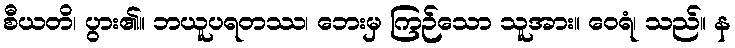
စီယတိ၊ ပွား၏။ ဘယူပရတဿ၊ ဘေးမှ ကြဉ်သော သူအား။ ဝေရံ၊ သည်။ န